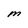
Character: M